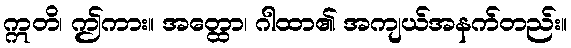
ဣတိ၊ ဤကား။ အတ္ထော၊ ဂါထာ၏ အကျယ်အနက်တည်း။